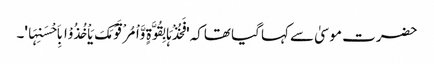
حضرت موسیٰ سے کہا گیا تھاکہ 'فَخُذْہَا بِقُوَّۃٍ وَّاْمُرْ قَوْمَکَ یَاْخُذُوْا بِاَحْسَنِہَا'۔